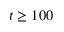
t \ge 1 0 0